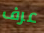
عرف